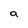
Character: a